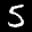
Label: 5